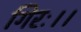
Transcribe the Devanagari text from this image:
गिरः।।